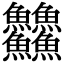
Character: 䲜